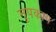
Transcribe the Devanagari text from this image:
नृपकाम